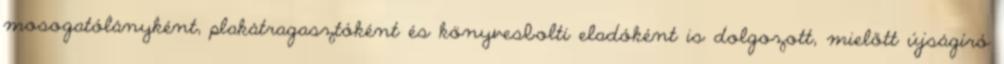
mosogatólányként, plakátragasztóként és könyvesbolti eladóként is dolgozott, mielőtt újságíró